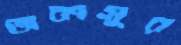
অকাসুর